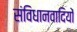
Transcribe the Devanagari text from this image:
संविधानवादियों